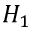
H _ { 1 }